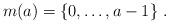
LaTeX: \begin{align*}m(a)=\{0,\ldots,a-1\}\;.\end{align*}